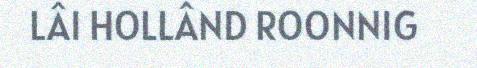
LÂI HOLLÂND ROONNIG